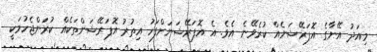
މިއަދު އޭނާގެ އޮޕަރޭޝަނެއް ކުރެވޭނެ އެވެ. އެ އޮޕަރޭޝަނަށްފަހު އިތުރު އޮޕަރޭޝަންތަކެއް ކުރަންޖެހުމަކީ